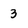
Character: 3